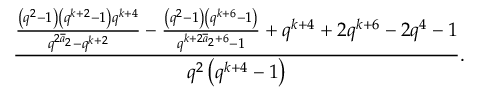
\frac { \frac { \left( q ^ { 2 } - 1 \right) \left( q ^ { k + 2 } - 1 \right) q ^ { k + 4 } } { q ^ { 2 { \overline { { a } } _ { 2 } } } - q ^ { k + 2 } } - \frac { \left( q ^ { 2 } - 1 \right) \left( q ^ { k + 6 } - 1 \right) } { q ^ { k + 2 { \overline { { a } } _ { 2 } } + 6 } - 1 } + q ^ { k + 4 } + 2 q ^ { k + 6 } - 2 q ^ { 4 } - 1 } { q ^ { 2 } \left( q ^ { k + 4 } - 1 \right) } .